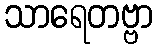
သာရေတဗ္ဗာ